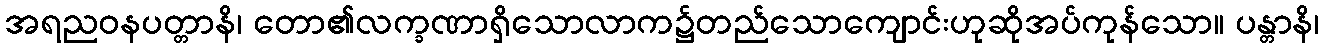
အရညဝနပတ္တာနိ၊ တော၏လက္ခဏာရှိသောလာက၌တည်သောကျောင်းဟုဆိုအပ်ကုန်သော။ ပန္တာနိ၊